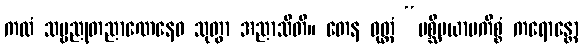
ကထံ သဗ္ဗညုတညာဏေနေဝ သုတွာ အညာသီတိ။ တေန ဝုတ္တံ “ပစ္ဆိမယာမကိစ္စံ ကရောန္တော